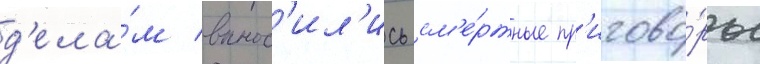
д'ела́м вынос'ил'ись см'е́ртные пр'игово́ры